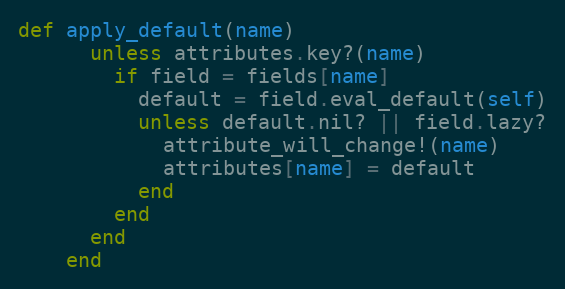
Language: Ruby
def apply_default(name)
      unless attributes.key?(name)
        if field = fields[name]
          default = field.eval_default(self)
          unless default.nil? || field.lazy?
            attribute_will_change!(name)
            attributes[name] = default
          end
        end
      end
    end